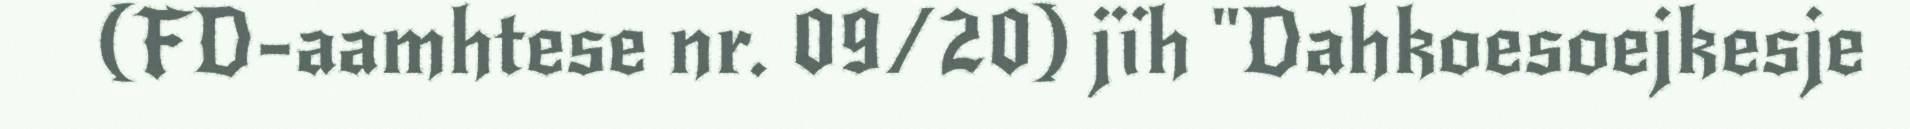
(FD-aamhtese nr. 09/20) jïh "Dahkoesoejkesje